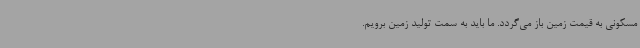
مسکونی به قیمت زمین باز می‌گردد. ما باید به سمت تولید زمین برویم.